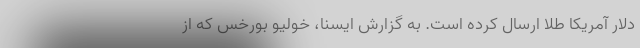
دلار آمریکا طلا ارسال کرده است. به گزارش ایسنا، خولیو بورخس که از